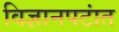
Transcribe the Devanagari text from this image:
विज्ञानपटांत